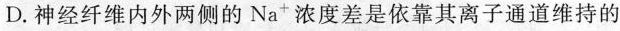
D.神经纤维内外两侧的Na^{+}浓度差是依靠其离子通道维持的